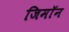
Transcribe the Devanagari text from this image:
जिमाॅन